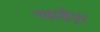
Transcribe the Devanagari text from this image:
गड़ाईपुर